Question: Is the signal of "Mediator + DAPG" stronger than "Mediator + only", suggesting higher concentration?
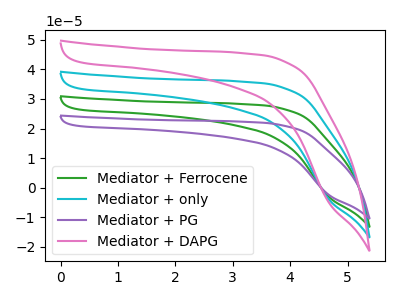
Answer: <think>The green curve "Mediator + Ferrocene" has no peaks. The cyan curve "Mediator + only" has no peaks. The purple curve "Mediator + PG" has no peaks. The pink curve "Mediator + DAPG" has no peaks.
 Neither "Mediator + DAPG" or "Mediator + only" have any peaks.</think>
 <answer>I cant tell if "Mediator + DAPG" or "Mediator + only" has higher concentration.</answer>
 <eval>mixed_concentration</eval>